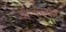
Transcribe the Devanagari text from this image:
डॉ॰नारायण